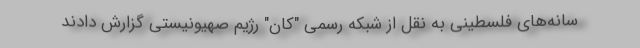
سانه‌های فلسطینی به نقل از شبکه رسمی "کان" رژیم صهیونیستی گزارش دادند